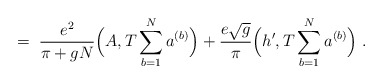
\begin{align*}= \; \frac{e^2}{\pi + gN} \Big( A, T \sum_{b=1}^N a^{(b)} \Big)+ \frac{e \sqrt{g}}{\pi} \Big( h^\prime , T \sum_{b=1}^N a^{(b)} \Big) \; .\end{align*}